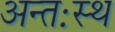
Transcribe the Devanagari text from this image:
अन्तःस्थ